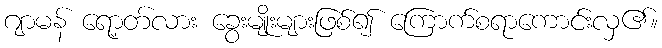
ဂျာမန် ရော့တ်လား ခွေးမျိုးများဖြစ်၍ ကြောက်စရာကောင်းလှ၏။